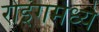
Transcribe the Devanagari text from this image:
रोइंगमध्ये